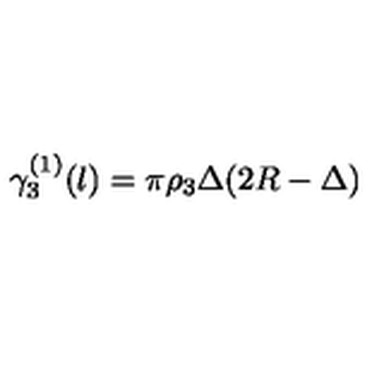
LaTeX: \gamma _ { 3 } ^ { ( 1 ) } ( l ) = \pi { \rho _ { 3 } } \Delta ( 2 R - \Delta )